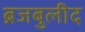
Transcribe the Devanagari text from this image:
ब्रजबुलीद